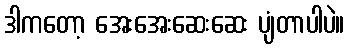
ဒါကတော့ အေးအေးဆေးဆေး ပျံတာပါပဲ။